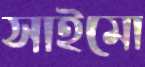
সাইমো